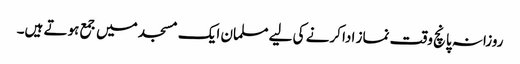
روزانہ پانچ وقت نماز ادا کرنے کی لیے مسلمان ایک مسجد میں جمع ہوتے ہیں۔